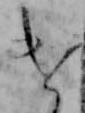
け